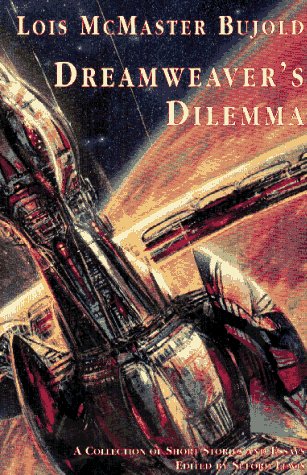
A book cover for Dreamweaver's Dilemma; Lois McMaster Bujold; Science Fiction & Fantasy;